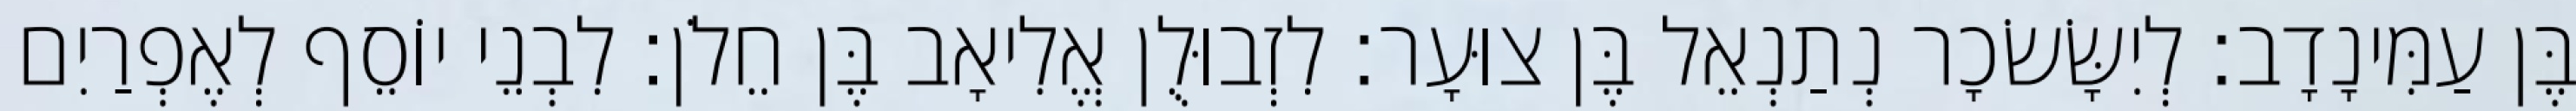
בֶּן עַמִּינָדָב׃ לְיִשָּׂשׂכָר נְתַנְאֵל בֶּן צוּעָר׃ לִזְבוּלֻן אֱלִיאָב בֶּן חֵלֹן׃ לִבְנֵי יוֹסֵף לְאֶפְרַיִם